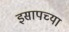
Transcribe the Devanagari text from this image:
इसापच्या